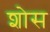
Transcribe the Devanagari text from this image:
शोस